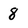
Character: 8